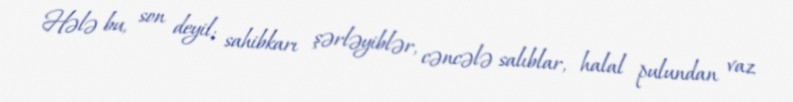
Hələ bu, son deyil; sahibkarı şərləyiblər, cəncələ salıblar, halal pulundan vaz